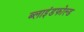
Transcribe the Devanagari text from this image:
ब्लाइंडफोल्ड